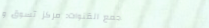
مجمع القنوات: مركز تسوق و